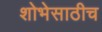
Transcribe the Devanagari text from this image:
शोभेसाठीच